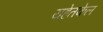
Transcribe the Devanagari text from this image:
यहेतकेल